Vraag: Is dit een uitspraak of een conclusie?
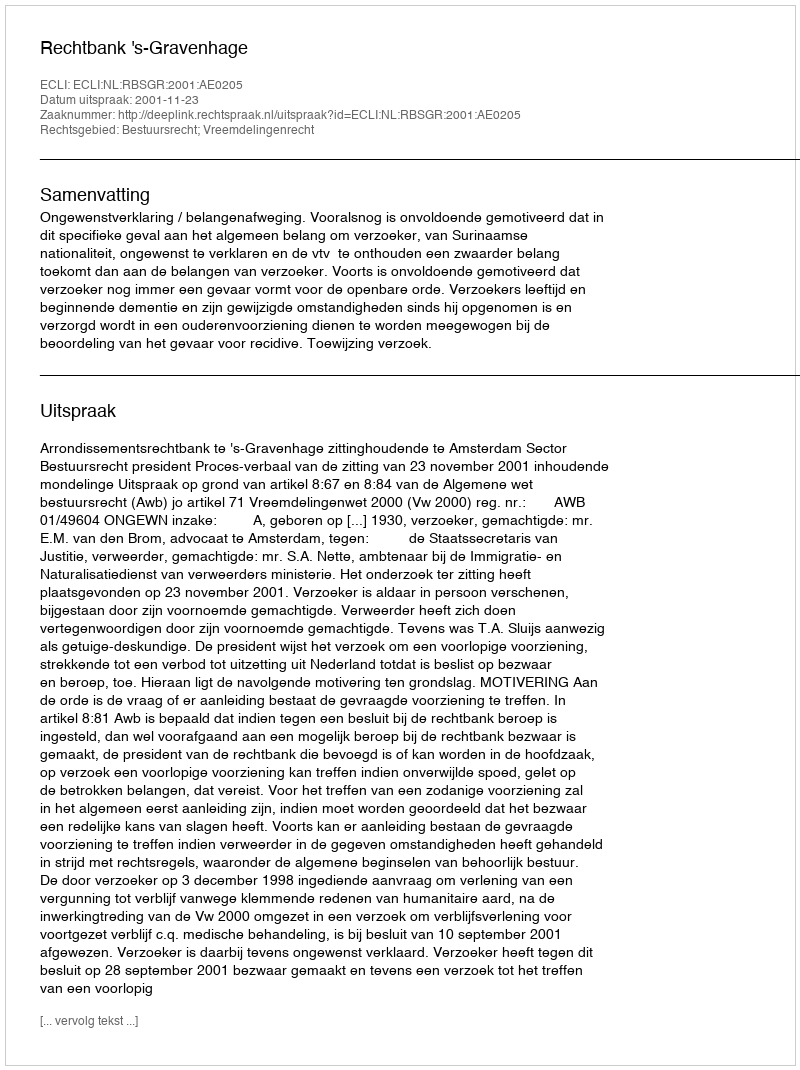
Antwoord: Uitspraak